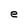
Character: e